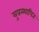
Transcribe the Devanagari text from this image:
सुप्रस्थापित